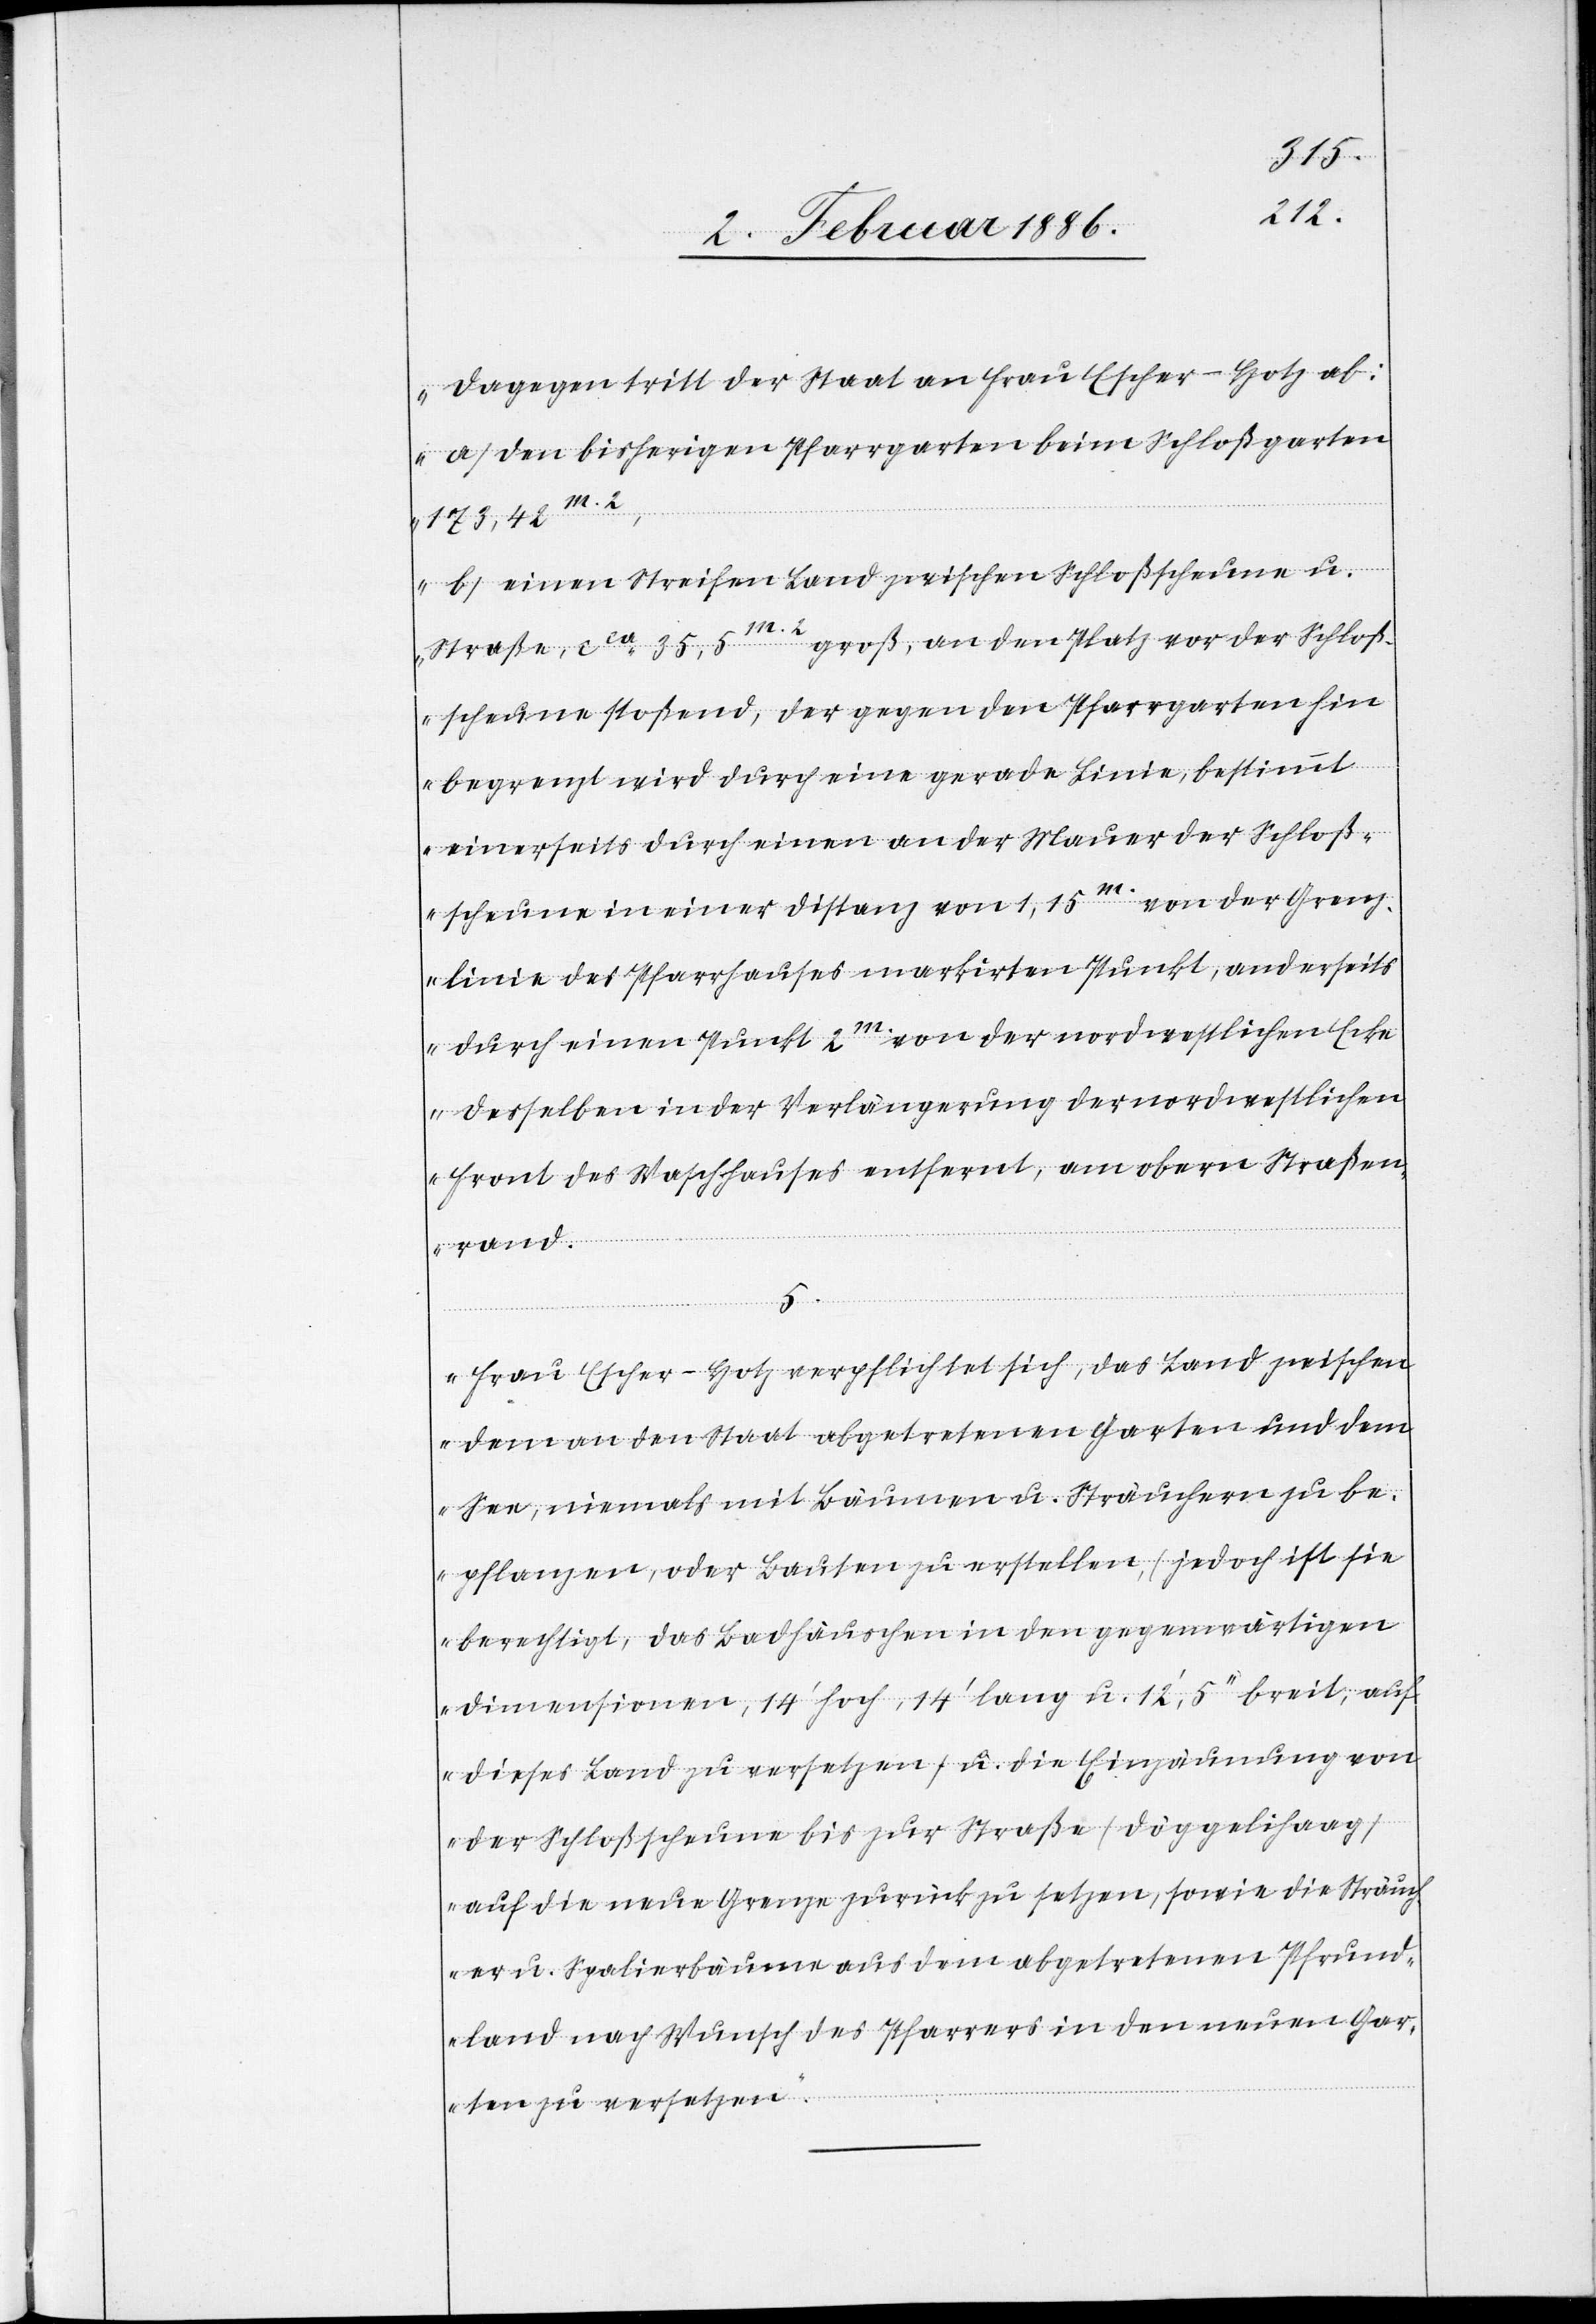
Dagegen tritt der Staat an Frau Escher-Hotz ab:
a) Den bisherigen Pfarrgarten beim Schloßgarten
173,42m.2,
b) einen Streifen Land zwischen Schloßscheune u.
groß, an den Platz vor der Schloß¬
Straße, cca 35,5m.2
scheune stoßend, der gegen den Pfarrgarten hin
begrenzt wird durch eine gerade Linie, bestimmt
einerseits durch einen an der Mauer der Schloß¬
scheune in einer Distanz von 1,15m von der Grenz¬
linie des Pfarrhauses markirten Punkt, anderseits
durch einen Punkt 2m von der nordwestlichen Ecke
desselben in der Verlängerung der nordwestlichen
Front des Waschhauses entfernt, am obern Straßen¬
rand.
5.
Frau Escher-Hotz verpflichtet sich, das Land zwischen
dem an den Staat abgetretenen Garten und dem
See, niemals mit Bäumen u. Sträuchern zu be¬
pflanzen, oder Bauten zu erstellen, (jedoch ist sie
berechtigt, das Badhäuschen in den gegenwärtigen
Dimensionen, 14’ hoch, 14’ lang u. 12’ 5’’ breit, auf
dieses Land zu versetzen) u. die Einzäunung von
der Schloßscheune bis zur Straße (Döggelihaag)
auf die neue Grenze zurück zu setzen, sowie die Sträuch¬
e u. Spalierbäume aus dem abtretenden Pfrund¬
land nach Wunsch des Pfarrers in den neuen Gar¬
ten zu versetzen.“